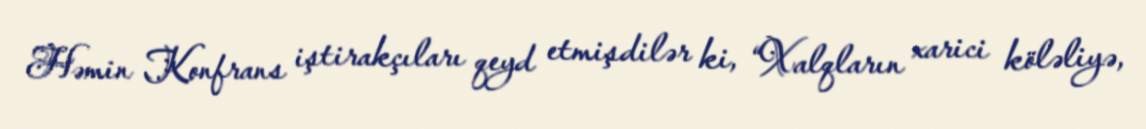
Həmin Konfrans iştirakçıları qeyd etmişdilər ki, “Xalqların xarici köləliyə,